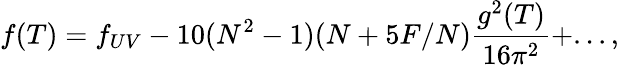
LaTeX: f(T)=f_{UV}-10(N^{2}-1)(N+5F/N)\frac{g^{2}(T)}{16\pi^{2}}+...,